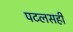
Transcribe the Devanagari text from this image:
पटलसही